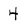
Character: 4